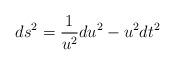
LaTeX: \begin{align*}ds^{2}=\frac{1}{u^{2}}du^{2}-u^{2}dt^{2} \end{align*}